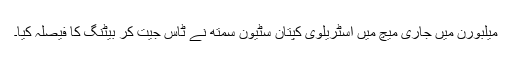
میلبورن میں جاری میچ میں آسٹریلوی کپتان سٹیون سمتھ نے ٹاس جیت کر بیٹنگ کا فیصلہ کیا۔